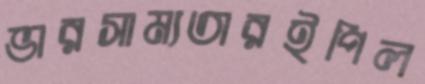
ভারসাম্যতারইপিল